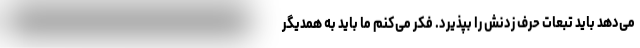
می‌دهد باید تبعات حرف زدنش را بپذیرد. فکر می‌کنم ما باید به همدیگر